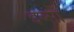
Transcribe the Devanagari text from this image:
इब्‍सा